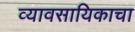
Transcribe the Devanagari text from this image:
व्यावसायिकाचा